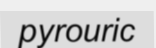
pyrouric